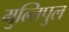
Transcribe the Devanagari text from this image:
मुल्तिपुल